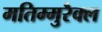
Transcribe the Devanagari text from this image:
मतिम्मुरैक्ल